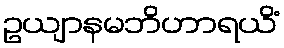
ဥယျာနမဘိဟာရယိံ